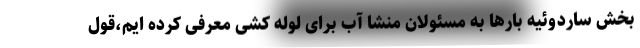
بخش ساردوئیه بارها به مسئولان منشا آب برای لوله کشی معرفی کرده ایم،قول